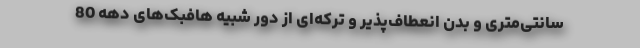
سانتی‌متری و بدن انعطاف‌پذیر و ترکه‌ای از دور شبیه هافبک‌های دهه 80